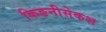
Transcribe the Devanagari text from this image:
किङनीसेकश